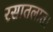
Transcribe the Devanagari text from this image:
रसातलात।